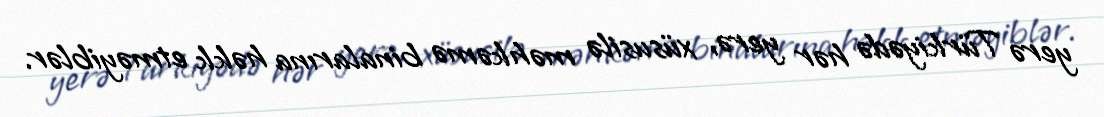
yerə Türkiyədə hər yerə, xüsusilə məhkəmə binalarına həkk etməyiblər.